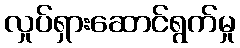
လှုပ်ရှားဆောင်ရွက်မှု